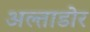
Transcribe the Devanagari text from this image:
अल्ताडोर